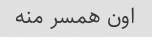
اون همسر منه